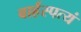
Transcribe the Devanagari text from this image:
बार्हस्पत्यं